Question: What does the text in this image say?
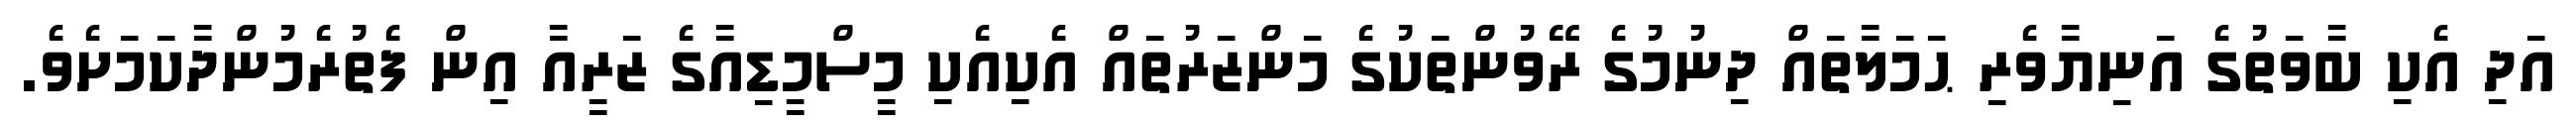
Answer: އަދި އެކި ބާވަތުގެ އަނިޔާވެރި ޙަމަލާތައް ދިނުމުގެ ރޭވުންތަކުގެ މަންޒަރުތައް އެކިއެކި މީސްމީޑިއާގެ ޒަރީއާ އިން ފެތުރެމުންދާކަމަށެވެ.